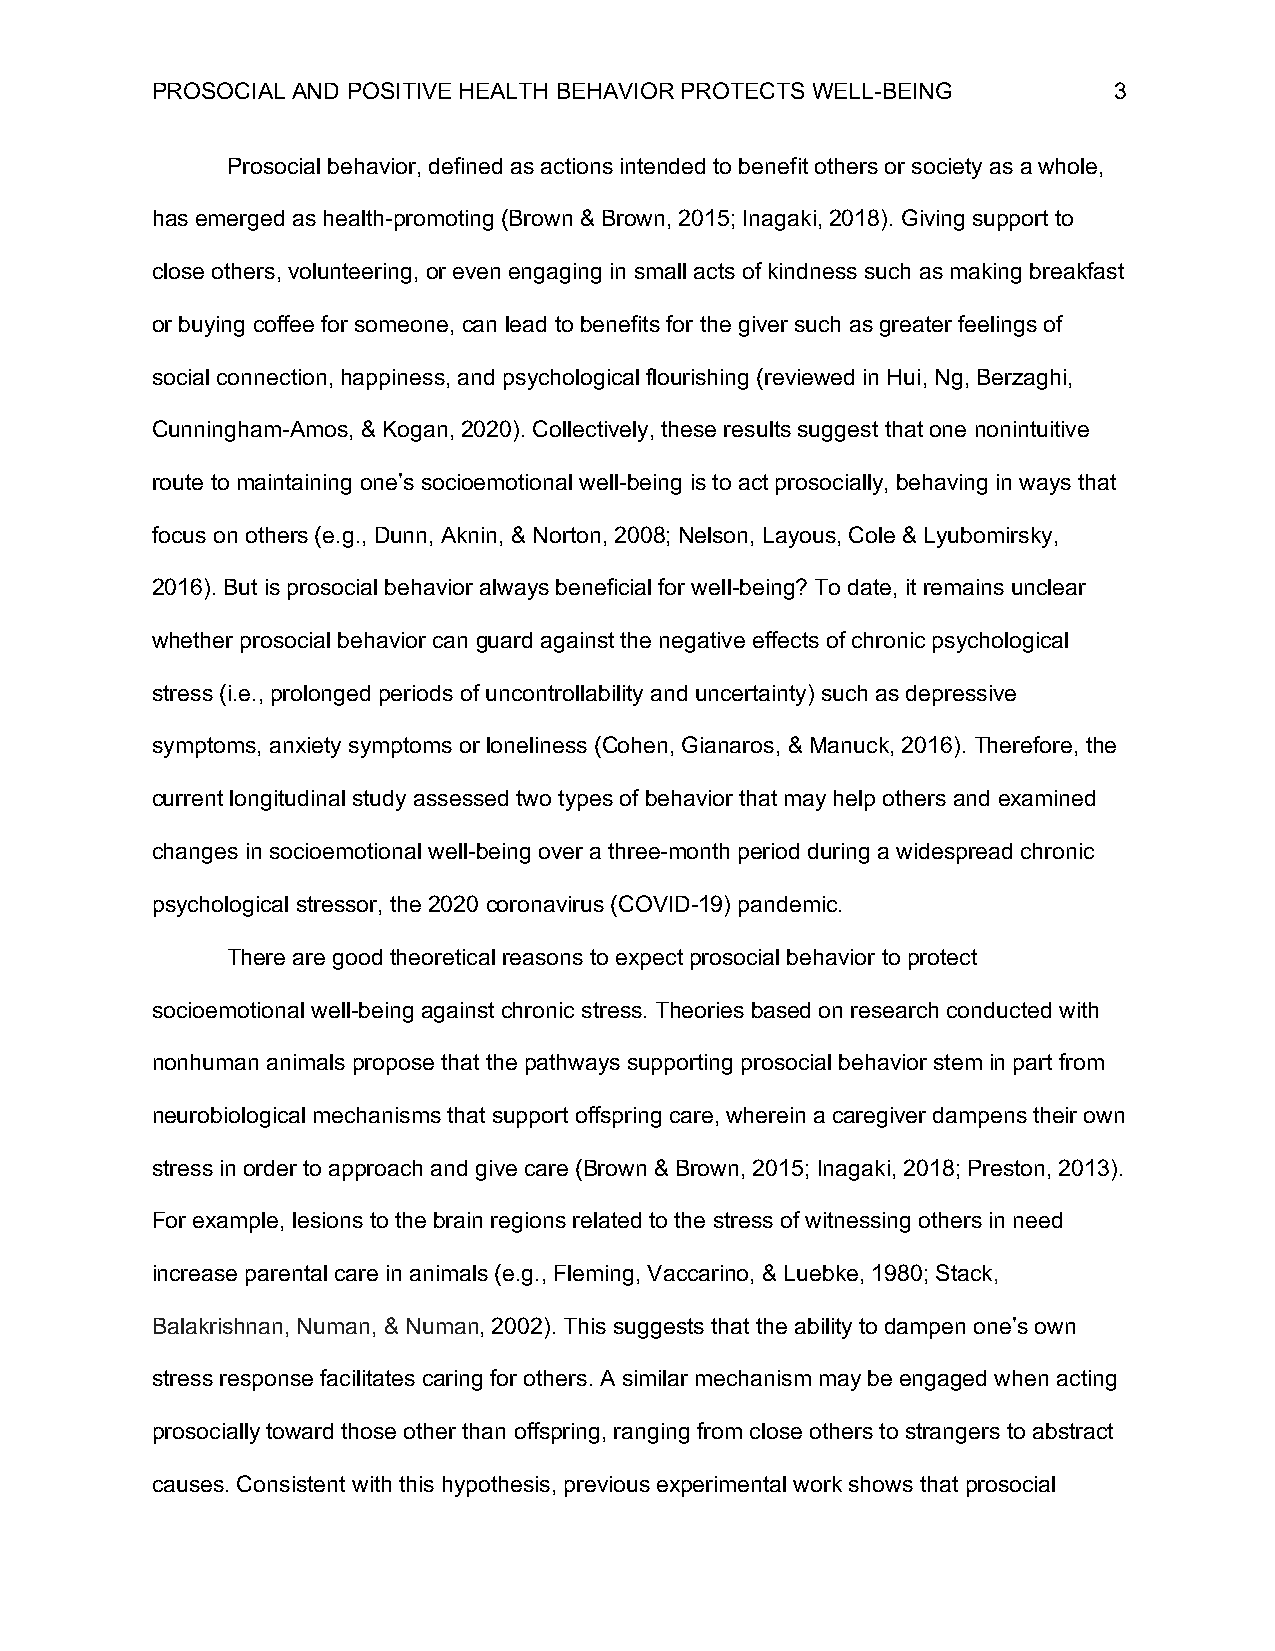
PROSOCIAL AND POSITIVE HEALTH BEHAVIOR PROTECTS WELL-BEING      3
 Prosocial behavior, defined as actions intended to benefit others or society as a whole,
 has emerged as health-promoting (Brown & Brown, 2015; Inagaki, 2018). Giving support to
 close others, volunteering, or even engaging in small acts of kindness such as making breakfast
 or buying coffee for someone, can lead to benefits for the giver such as greater feelings of
 social connection, happiness, and psychological flourishing (reviewed in Hui, Ng, Berzaghi,
 Cunningham-Amos, & Kogan, 2020). Collectively, these results suggest that one nonintuitive
 route to maintaining one’s socioemotional well-being is to act prosocially, behaving in ways that
 focus on others (e.g., Dunn, Aknin, & Norton, 2008; Nelson, Layous, Cole & Lyubomirsky,
 2016). But is prosocial behavior always beneficial for well-being? To date, it remains unclear
 whether prosocial behavior can guard against the negative effects of chronic psychological
 stress (i.e., prolonged periods of uncontrollability and uncertainty) such as depressive
 symptoms, anxiety symptoms or loneliness (Cohen, Gianaros, & Manuck, 2016). Therefore, the
 current longitudinal study assessed two types of behavior that may help others and examined
 changes in socioemotional well-being over a three-month period during a widespread chronic
 psychological stressor, the 2020 coronavirus (COVID-19) pandemic.
 There are good theoretical reasons to expect prosocial behavior to protect
 socioemotional well-being against chronic stress. Theories based on research conducted with
 nonhuman animals propose that the pathways supporting prosocial behavior stem in part from
 neurobiological mechanisms that support offspring care, wherein a caregiver dampens their own
 stress in order to approach and give care (Brown & Brown, 2015; Inagaki, 2018; Preston, 2013).
 For example, lesions to the brain regions related to the stress of witnessing others in need
 increase parental care in animals (e.g., Fleming, Vaccarino, & Luebke, 1980; Stack,
 Balakrishnan, Numan, & Numan, 2002). This suggests that the ability to dampen one’s own
 stress response facilitates caring for others. A similar mechanism may be engaged when acting
 prosocially toward those other than offspring, ranging from close others to strangers to abstract
 causes. Consistent with this hypothesis, previous experimental work shows that prosocial